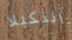
التكيلا